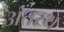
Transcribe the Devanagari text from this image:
अंतस्‍थ